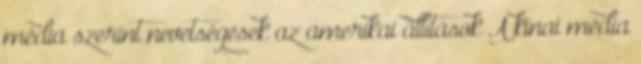
média szerint nevetségesek az amerikai állítások A kínai média